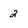
Character: 2